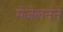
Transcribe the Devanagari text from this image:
मेजेलनने